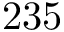
2 3 5